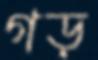
গড়